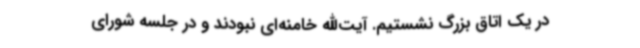
در یک اتاق بزرگ نشستیم. آیت‌الله خامنه‌ای نبودند و در جلسه شورای